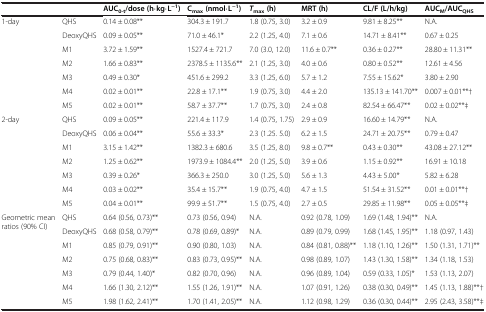
<table><thead><tr><td><b> </b></td><td><b> </b></td><td><b>AUC<sub>0-t</sub>/dose (h·kg·L<sup>-1</sup>)</b></td><td><b>C<sub>max </sub>(nmol·L<sup>-1</sup>)</b></td><td><b><i>T</i><sub>max </sub>(h)</b></td><td><b>MRT (h)</b></td><td><b>CL/F (L/h/kg)</b></td><td><b>AUC<sub>M</sub>/AUC<sub>QHS</sub></b></td></tr></thead><tbody><tr><td rowspan="7">1-day</td><td>QHS</td><td>0.14 ± 0.08**</td><td>304.3 ± 191.7</td><td>1.8 (0.75, 3.0)</td><td>3.2 ± 0.9</td><td>9.81 ± 8.25**</td><td>N.A.</td></tr><tr><td>DeoxyQHS</td><td>0.09 ± 0.05**</td><td>71.0 ± 46.1*</td><td>2.2 (1.25, 4.0)</td><td>7.1 ± 0.6</td><td>14.71 ± 8.41**</td><td>0.67 ± 0.25</td></tr><tr><td>M1</td><td>3.72 ± 1.59**</td><td>1527.4 ± 721.7</td><td>7.0 (3.0, 12.0)</td><td>11.6 ± 0.7**</td><td>0.36 ± 0.27**</td><td>28.80 ± 11.31**</td></tr><tr><td>M2</td><td>1.66 ± 0.83**</td><td>2378.5 ± 1135.6**</td><td>2.1 (1.25, 3.0)</td><td>4.0 ± 0.6</td><td>0.80 ± 0.52**</td><td>12.61 ± 4.56</td></tr><tr><td>M3</td><td>0.49 ± 0.30*</td><td>451.6 ± 299.2</td><td>3.3 (1.25, 6.0)</td><td>5.7 ± 1.2</td><td>7.55 ± 15.62*</td><td>3.80 ± 2.90</td></tr><tr><td>M4</td><td>0.02 ± 0.01**</td><td>22.8 ± 17.1**</td><td>1.9 (0.75, 3.0)</td><td>4.4 ± 2.0</td><td>135.13 ± 141.70**</td><td>0.007 ± 0.01**†</td></tr><tr><td>M5</td><td>0.02 ± 0.01**</td><td>58.7 ± 37.7**</td><td>1.7 (0.75, 3.0)</td><td>2.4 ± 0.8</td><td>82.54 ± 66.47**</td><td>0.02 ± 0.02**‡</td></tr><tr><td rowspan="7">2-day</td><td>QHS</td><td>0.09 ± 0.05**</td><td>221.4 ± 117.9</td><td>1.4 (0.75, 1.75)</td><td>2.9 ± 0.9</td><td>16.60 ± 14.79**</td><td>N.A.</td></tr><tr><td>DeoxyQHS</td><td>0.06 ± 0.04**</td><td>55.6 ± 33.3*</td><td>2.3 (1.25. 5.0)</td><td>6.2 ± 1.5</td><td>24.71 ± 20.75**</td><td>0.79 ± 0.47</td></tr><tr><td>M1</td><td>3.15 ± 1.42**</td><td>1382.3 ± 680.6</td><td>3.5 (1.25, 8.0)</td><td>9.8 ± 0.7**</td><td>0.43 ± 0.30**</td><td>43.08 ± 27.12**</td></tr><tr><td>M2</td><td>1.25 ± 0.62**</td><td>1973.9 ± 1084.4**</td><td>2.0 (1.25, 5.0)</td><td>3.9 ± 0.6</td><td>1.15 ± 0.92**</td><td>16.91 ± 10.18</td></tr><tr><td>M3</td><td>0.39 ± 0.26*</td><td>366.3 ± 250.0</td><td>3.0 (1.25, 5.0)</td><td>5.6 ± 1.3</td><td>4.43 ± 5.00*</td><td>5.82 ± 6.28</td></tr><tr><td>M4</td><td>0.03 ± 0.02**</td><td>35.4 ± 15.7**</td><td>1.9 (0.75, 4.0)</td><td>4.7 ± 1.5</td><td>51.54 ± 31.52**</td><td>0.01 ± 0.01**†</td></tr><tr><td>M5</td><td>0.04 ± 0.01**</td><td>99.9 ± 51.7**</td><td>1.5 (0.75, 4.0)</td><td>2.7 ± 0.5</td><td>29.85 ± 11.98**</td><td>0.05 ± 0.05**‡</td></tr><tr><td rowspan="7">Geometric mean ratios (90% CI)</td><td>QHS</td><td>0.64 (0.56, 0.73)**</td><td>0.73 (0.56, 0.94)</td><td>N.A.</td><td>0.92 (0.78, 1.09)</td><td>1.69 (1.48, 1.94)**</td><td>N.A.</td></tr><tr><td>DeoxyQHS</td><td>0.68 (0.58, 0.79)**</td><td>0.78 (0.69, 0.89)*</td><td>N.A.</td><td>0.89 (0.79, 0.99)</td><td>1.68 (1.45, 1.95)**</td><td>1.18 (0.97, 1.43)</td></tr><tr><td>M1</td><td>0.85 (0.79, 0.91)**</td><td>0.90 (0.80, 1.03)</td><td>N.A.</td><td>0.84 (0.81, 0.88)**</td><td>1.18 (1.10, 1.26)**</td><td>1.50 (1.31, 1.71)**</td></tr><tr><td>M2</td><td>0.75 (0.68, 0.83)**</td><td>0.83 (0.73, 0.95)**</td><td>N.A.</td><td>0.98 (0.89, 1.07)</td><td>1.43 (1.30, 1.58)**</td><td>1.34 (1.18, 1.53)</td></tr><tr><td>M3</td><td>0.79 (0.44, 1.40)*</td><td>0.82 (0.70, 0.96)</td><td>N.A.</td><td>0.96 (0.89, 1.04)</td><td>0.59 (0.33, 1.05)*</td><td>1.53 (1.13, 2.07)</td></tr><tr><td>M4</td><td>1.66 (1.30, 2.12)**</td><td>1.55 (1.26, 1.91)**</td><td>N.A.</td><td>1.07 (0.91, 1.26)</td><td>0.38 (0.30, 0.49)**</td><td>1.45 (1.13, 1.88)**†</td></tr><tr><td>M5</td><td>1.98 (1.62, 2.41)**</td><td>1.70 (1.41, 2.05)**</td><td>N.A.</td><td>1.12 (0.98, 1.29)</td><td>0.36 (0.30, 0.44)**</td><td>2.95 (2.43, 3.58)**‡</td></tr></tbody></table>